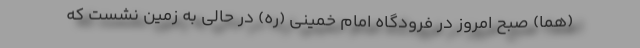
(هما) صبح امروز در فرودگاه امام خمینی (ره) در حالی به زمین نشست که